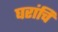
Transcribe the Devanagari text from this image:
घरांचि